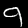
Label: 9